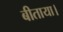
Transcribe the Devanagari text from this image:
बीताया।